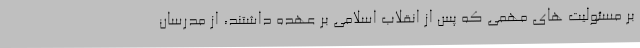
بر مسئولیت های مهمی که پس از انقلاب اسلامی بر عهده داشتند، از مدرسان